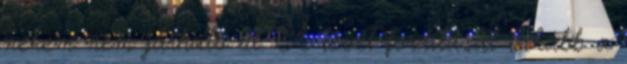
nekem nem járható út. A levél fordítását inkább a